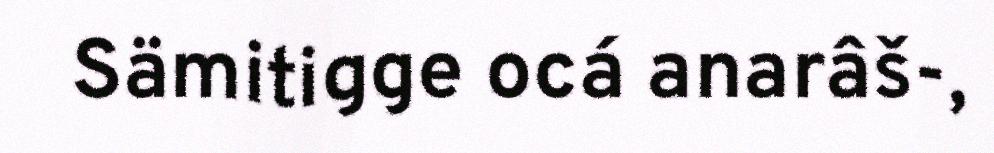
Sämitigge ocá anarâš-,